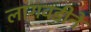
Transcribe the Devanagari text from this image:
लागवडीने